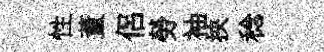
性董侶勞袖挾稔